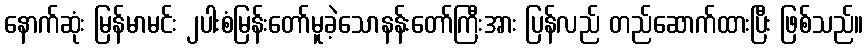
နောက်ဆုံး မြန်မာမင်း ၂ပါးစံမြန်းတော်မူခဲ့သောနန်းတော်ကြီးအား ပြန်လည် တည်ဆောက်ထားပြီး ဖြစ်သည်။